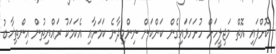
ކޮށްފައި އޮތް މަޖިލީހަށް ހުށަހަޅައިގެން ކަންކަން ނިންމިދާނެ ކަމަށާއި އެކަމަކު ރައްޔިތުން އިންތިޚާބު